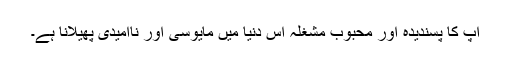
آپ کا پسندیدہ اور محبوب مشغلہ اِس دنیا میں مایوسی اور ناامیدی پھیلانا ہے۔